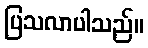
ပြသလာပါသည်။